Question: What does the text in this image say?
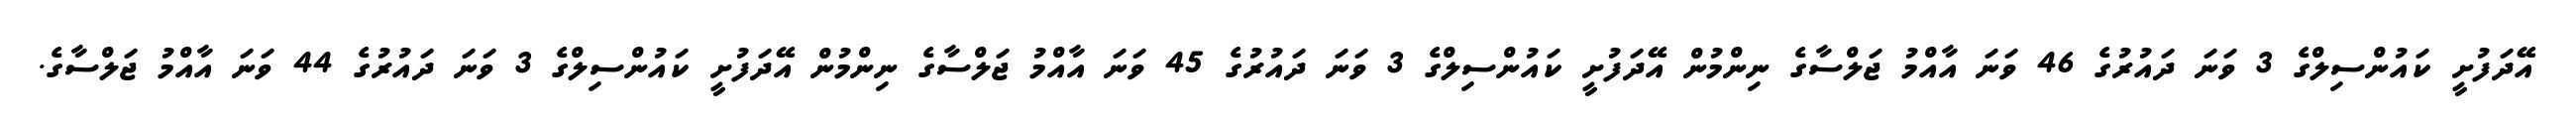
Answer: އޭދަފުށީ ކައުންސިލްގެ 3 ވަނަ ދައުރުގެ 46 ވަނަ އާއްމު ޖަލްސާގެ ނިންމުން އޭދަފުށީ ކައުންސިލްގެ 3 ވަނަ ދައުރުގެ 45 ވަނަ އާއްމު ޖަލްސާގެ ނިންމުން އޭދަފުށީ ކައުންސިލްގެ 3 ވަނަ ދައުރުގެ 44 ވަނަ އާއްމު ޖަލްސާގެ.